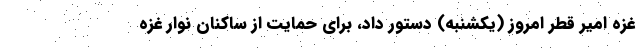
غزه امیر قطر امروز (یکشنبه) دستور داد، برای حمایت از ساکنان نوار غزه